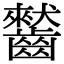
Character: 𪙤